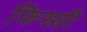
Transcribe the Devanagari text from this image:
फिस्सी